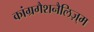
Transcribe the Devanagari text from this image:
कांग्रगैशनैलिज़्म